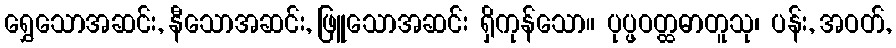
ရွှေသောအဆင်း, နီသောအဆင်း, ဖြူသောအဆင်း ရှိကုန်သော။ ပုပ္ဖဝတ္ထဓာတူသု၊ ပန်း, အဝတ်,